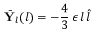
\bar { \mathbf { Y } } _ { l } ( l ) = - \frac { 4 } { 3 } \, \epsilon \, l \, \hat { l }